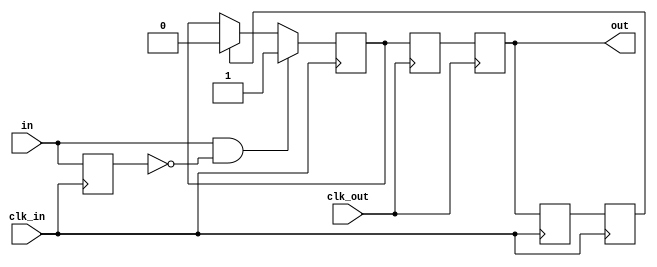
module oneshot_2clk
  (input clk_in,
   input in,
   input clk_out,
   output reg out);

   reg 	  del_in = 0;
   reg 	  sendit = 0, gotit = 0;
   reg 	  sendit_d = 0, gotit_d = 0;
   
   always @(posedge clk_in) del_in <= in;

   always @(posedge clk_in)
     if(in & ~del_in)  // we have a positive edge
       sendit <= 1;
     else if(gotit)
       sendit <= 0;

   always @(posedge clk_out) sendit_d <= sendit;
   always @(posedge clk_out) out <= sendit_d;

   always @(posedge clk_in) gotit_d <= out;
   always @(posedge clk_in) gotit <= gotit_d;

endmodule